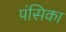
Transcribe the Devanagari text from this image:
पंसिका